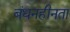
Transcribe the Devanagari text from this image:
बंधनहीनता